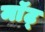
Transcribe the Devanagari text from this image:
माॅट्